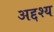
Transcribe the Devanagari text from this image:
अद्दश्य